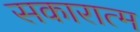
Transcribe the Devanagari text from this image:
सकारात्म